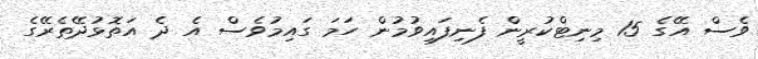
ވެސް އޭގެ 15 މިނިޓްކުރީން ފެނިފައިވުމުން ހަމަ ގައިމުވެސް އެ ދެ އަތޮޅުދޭތެރޭގެ